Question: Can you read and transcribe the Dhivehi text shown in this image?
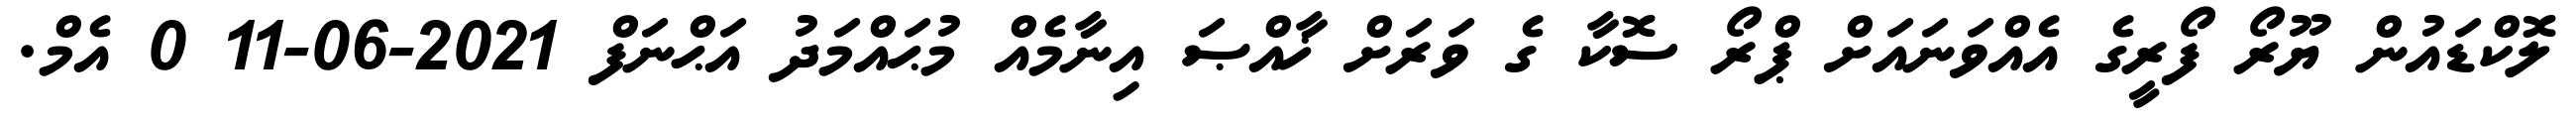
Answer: ލޮކްޑައުން ޔޫރޯ ފޯރީގެ އެއްވަނައަށް ޕްރޯ ސޮކާ ގެ ވަރަށް ޚާއްޞަ އިނާމެއް މުޙައްމަދު އަޙްނަފް 2021-06-11 0 އެމް.